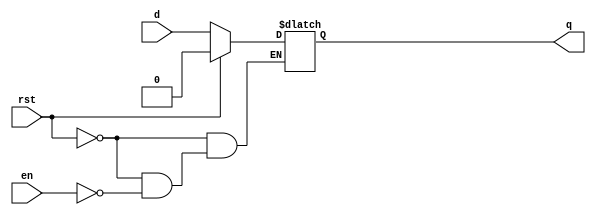
/*************************************
    D Latch - Behavioural with reset
*************************************/

module Dlatch_reset_bh(q,d,en,rst);

input en,d,rst;
output reg q;

always@(en,q,rst)
begin
    if(rst)
        q=1'b0;
    else if(en)
        q=d;
end
    
endmodule